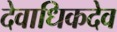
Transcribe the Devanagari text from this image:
देवाधिकदेव